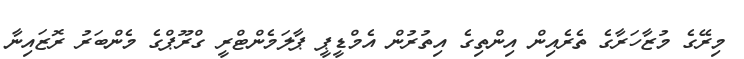
މިރޭގެ މުޒާހަރާގެ ތެރެއިން އިންތިގެ އިތުރުން އެމްޑީޕީ ޕާލަމެންޓްރީ ގްރޫޕްގެ މެންބަރު ރޮޒައިނާ